Indian journal of veterinary science and animal husbandry - Volumes 26-27, 1956-1957
Year: 1956
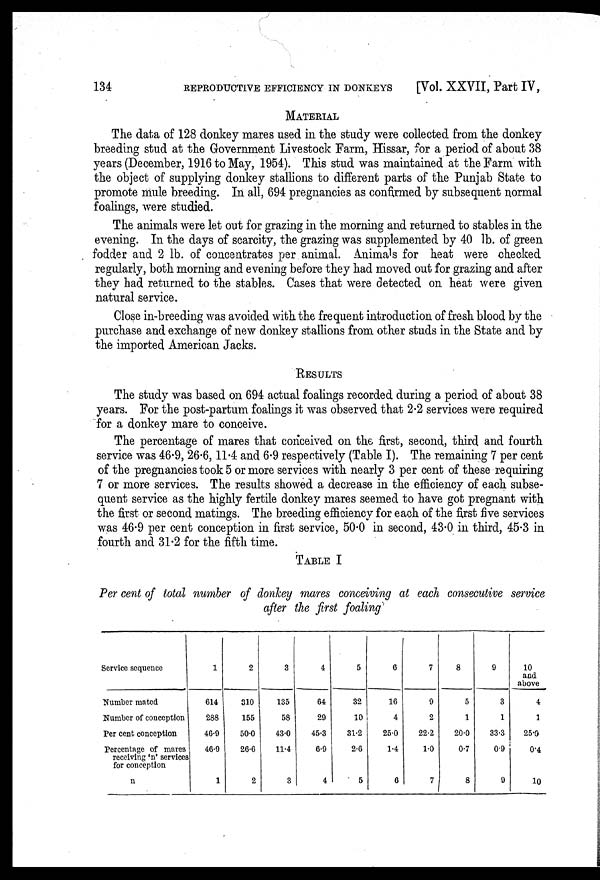
134
REPRODUCTIVE EFFICIENCY IN DONKEYS
[Vol. XXVII, Part IV,
MATERIAL
The data of 128 donkey mares used in the study were collected from the donkey
breeding stud at the Government Livestock Farm, Hissar, for a period of about 38
years (December, 1916 to May, 1954). This stud was maintained at the Farm with
the object of supplying donkey stallions to different parts of the Punjab State to
promote mule breeding. In all, 694 pregnancies as confirmed by subsequent normal
foalings, were studied.
The animals were let out for grazing in the morning and returned to stables in the
evening. In the days of scarcity, the grazing was supplemented by 40 lb. of green
fodder and 2 lb. of concentrates per animal. Animals for heat were checked
regularly, both morning and evening before they had moved out for grazing and after
they had returned to the stables. Cases that were detected on heat were given
natural service.
Close in-breeding was avoided with the frequent introduction of fresh blood by the
purchase and exchange of new donkey stallions from other studs in the State and by
the imported American Jacks.
RESULTS
The study was based on 694 actual foalings recorded during a period of about 38
years. For the post-partum foalings it was observed that 2.2 services were required
for a donkey mare to conceive.
The percentage of mares that conceived on the first, second, third and fourth
service was 46.9, 26.6, 11. 4 and 6.9 respectively (Table I). The remaining 7 per cent
of the pregnancies took 5 or more services with nearly 3 per cent of these requiring
7 or more services. The results showed a decrease in the efficiency of each subse-
quent service as the highly fertile donkey mares seemed to have got pregnant with
the first or second matings. The breeding efficiency for each of the first five services
was 46.9 per cent conception in first service, 50.0 in second, 43.0 in third, 45.3 in
fourth and 31.2 for the fifth time.
TABLE I
Per cent of total number of donkey mares conceiving at each consecutive service
after the first foaling
Service sequence
Number mated
Number of conception
Per cent conception
Percentage of mares
receiving 'n' services
for conception
n
1
614
288
46.9
46.9
1
2
310
155
50.0
26.6
2
3
135
58
43.0
11.4
3
4
64
29
45.3
6.9
4
5
32
10
31.2
2.6
5
6
16
4
25.0
1.4
6
7
9
2
22.2
1.0
7
8
5
1
20.0
0.7
8
9
3
1
33.3
0.9
9
10 and
above
4
1
25.0
0.4
10